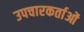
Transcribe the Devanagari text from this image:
उपचारकर्ताओं